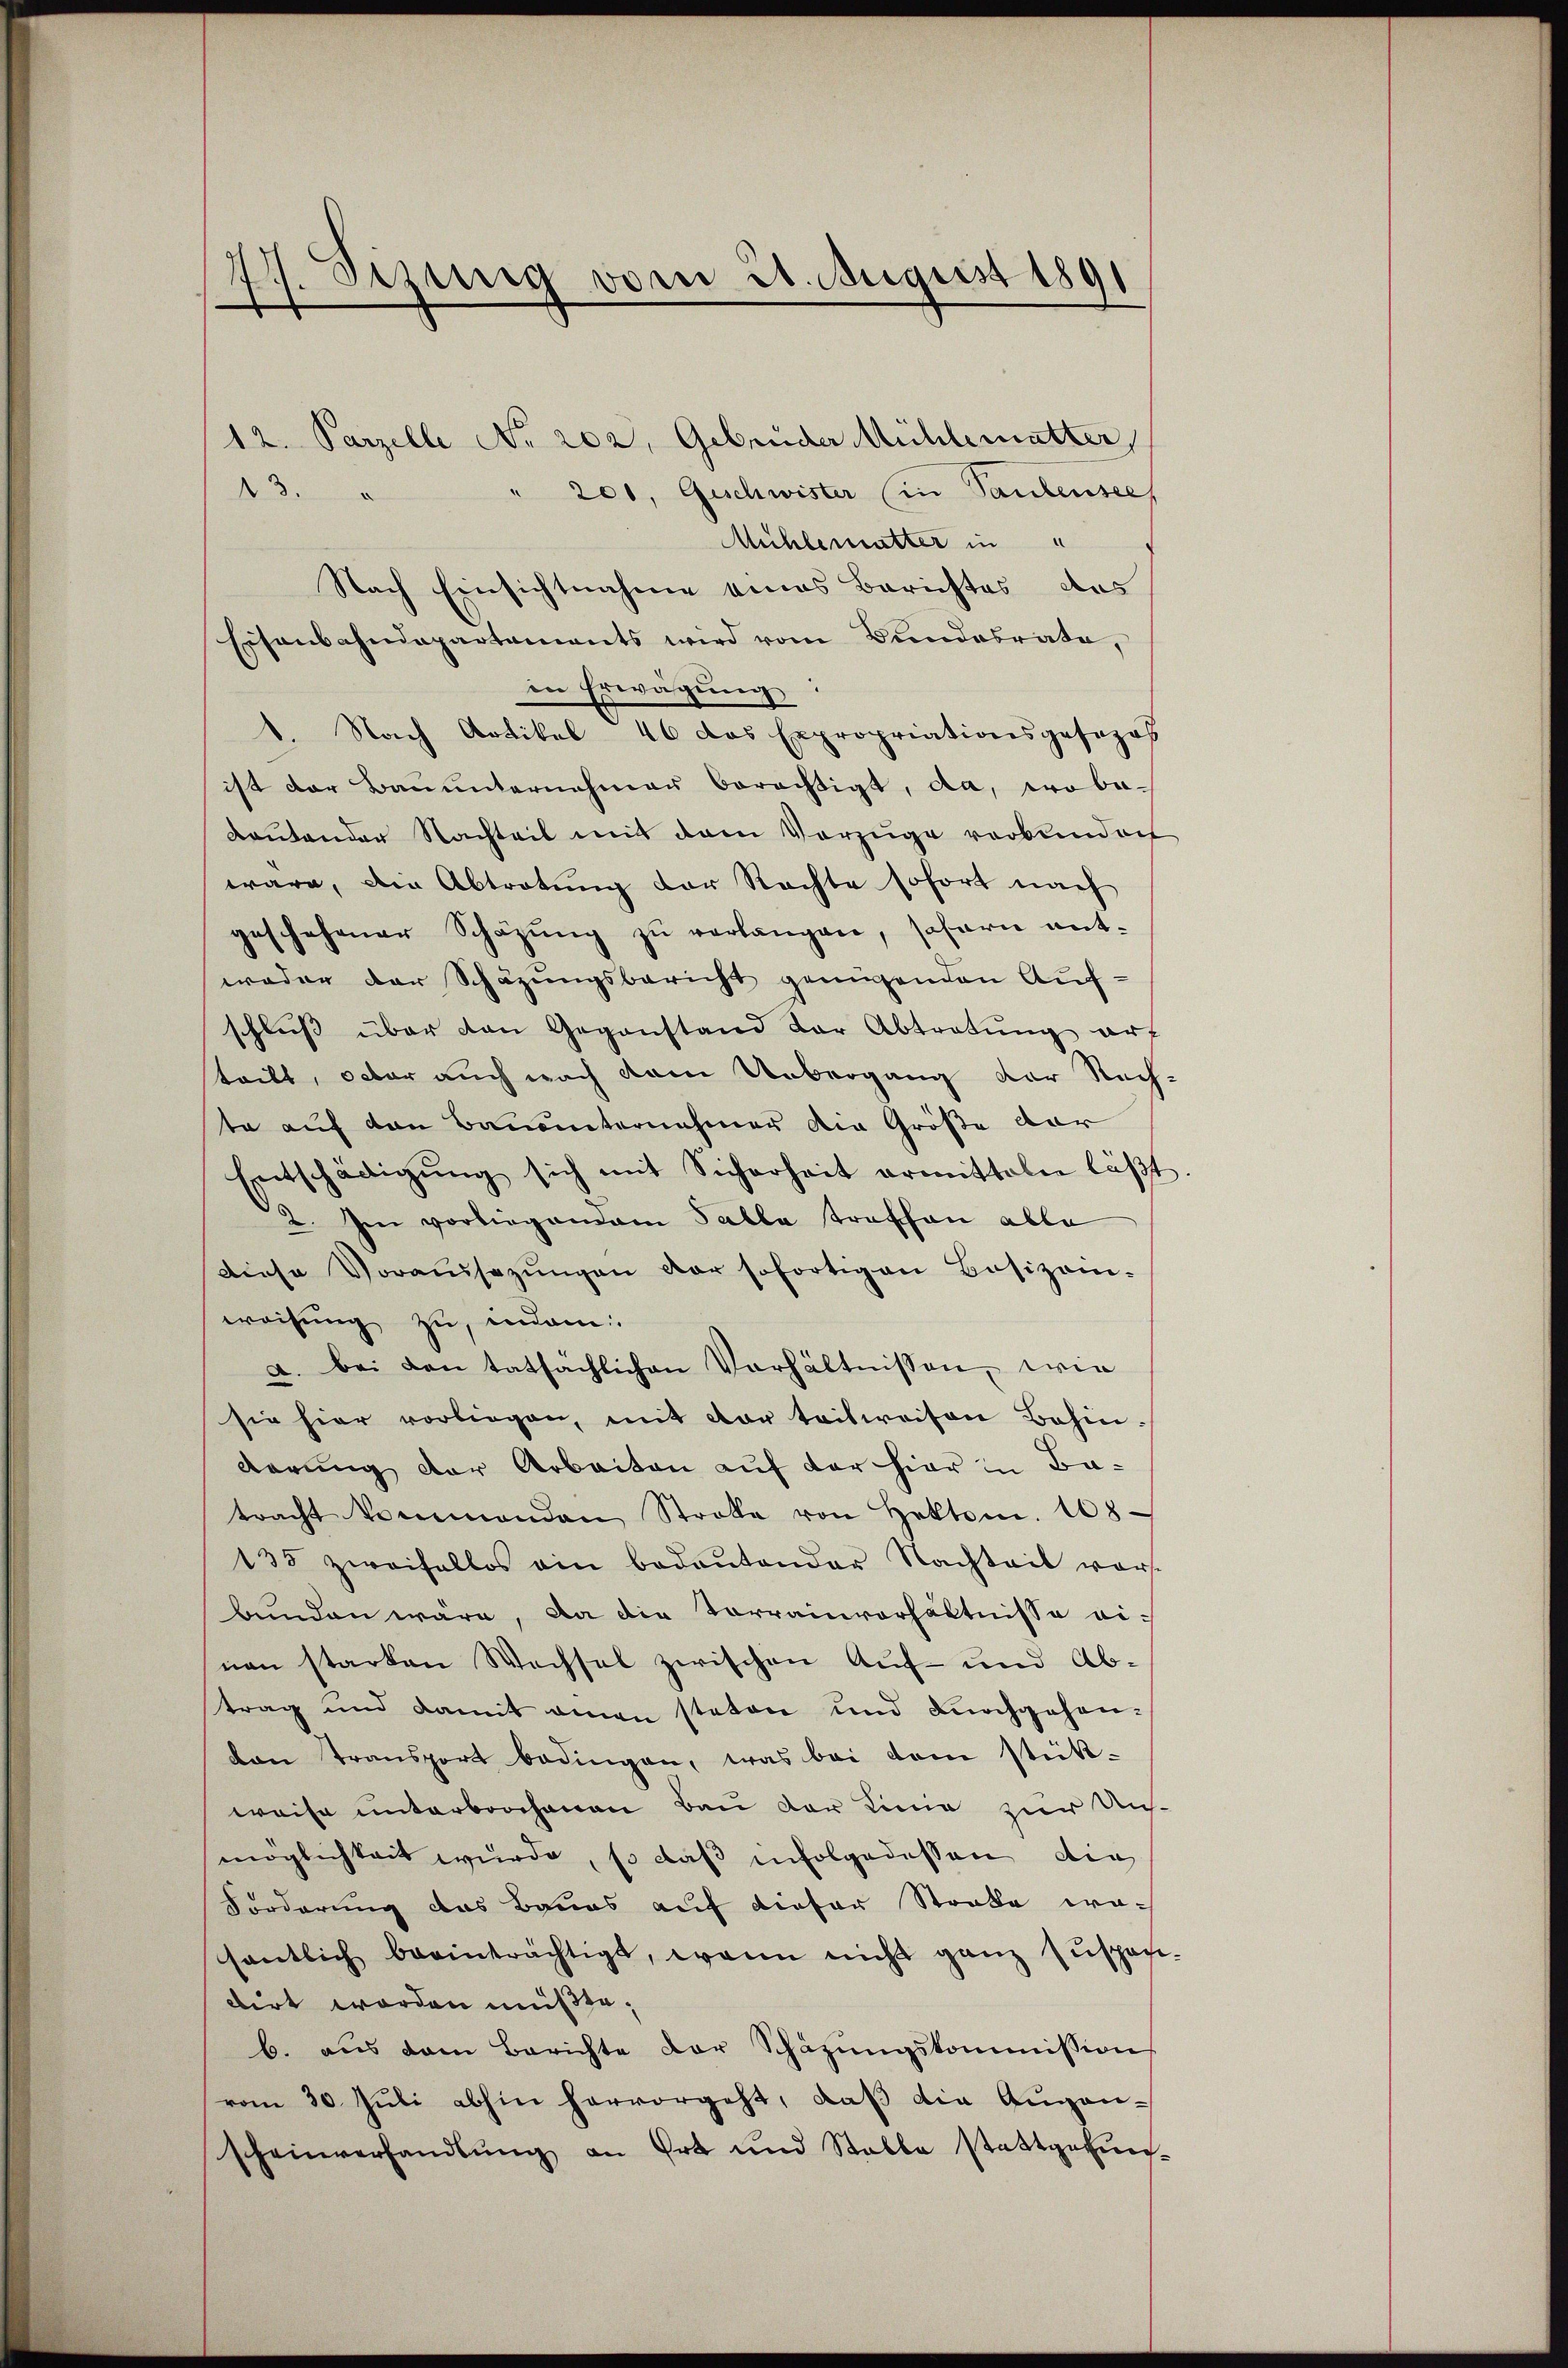
27. Sezing vom 21. August 1891

12. Parzelle No. 202. Gebrüder Mühlematter,
" 201, Geschwister (in Taubensee,
Mühlemutter in
Nach Einsichtnahme eines Berichtes des
Eisenbahndepartements wird vom Bundesrate,
in Erwägŭng:
8. Nach Artikel 46 das Expropriationsgesezes
ist der Bauunternehmen berechtigt, da, wo be¬
Kautander Nachteil mit dem Vorzüge verbunden
wäre, den Abtretung der Rechte sofort nach
geschehener Schazung zu verlangen, sofern entweder der Schazungsbericht genügenden Aufschluß über den Gegenstand der Abtretŭng auf
teilt, octor auch nach dem Uebergang der Rech-
te auf den Bauunternehmer die Größe dar
Entschädigŭng sich mit Sicherheit ermitteln läβt
2. Frei vorliegendem Salla traffen alle
Diese Voraussagŭngen der sofortigen Besizain-
weisung zu, indem
a. bei den tatsächlichen Verhältnissen, wie
sie hier vorliegen, mit dar teilweisen Bahin.
derung der Arbeiten auf der hier in Batracht kommenden Strale von Hektom. 108
135 zweifellos ain bedeŭtender Nachteil vor-
bunden wäre, da die Vorrainverhältnisse einen starken Wechsel zwischen Auf- und Ab-
trag und damit einen steten und durchgehenden Transport bedingen, was bei dem stück-
weise unterbrochenen Bau der Linie zur Un-
möglichkeit wurde, so daß infolgedessen, die
Forderung das Baues auf dieser Strobe wesentlich beeinträchtigt, wenn nicht ganz zŭspani-
dirt worden müßte.
b. aus dem Berichte der Schäzŭngskommission
vom 30. Jŭli abhin hervorgeht, daβ die Augen-
scheinverhandlŭng an Ort und Stable stattgefun-

N 3.